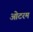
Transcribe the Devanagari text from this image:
ओटरम